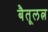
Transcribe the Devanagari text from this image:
बैतूलत्न